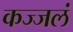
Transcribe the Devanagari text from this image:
कज्जलं